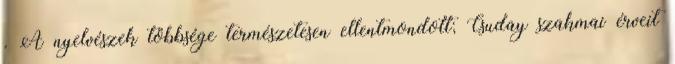
. A nyelvészek többsége természetesen ellentmondott; Csuday szakmai érveit